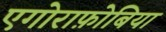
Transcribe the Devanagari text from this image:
एगोराफ़ोबिया